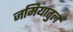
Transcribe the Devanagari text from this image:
जमियातुल